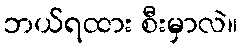
ဘယ်ရထား စီးမှာလဲ။